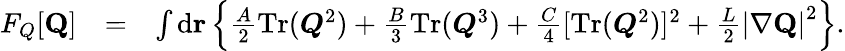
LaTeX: \begin{array}{rlr}{F_{Q}[{\mathbf Q}]}&{=}&{\int\mathrm{d}{\mathbf r}\left\{ \frac{A}{2}\mathrm{Tr}(\boldsymbol{Q}^{2})+\frac{B}{3}\mathrm{Tr}(\boldsymbol{Q}^{3})+\frac{C}{4}[\mathrm{Tr}(\boldsymbol{Q}^{2})]^{2}+\frac{L}{2}\left|\nabla{\mathbf Q}\right|^{2}\right\} .}\end{array}